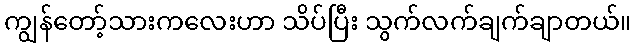
ကျွန်တော့်သားကလေးဟာ သိပ်ပြီး သွက်လက်ချက်ချာတယ်။